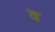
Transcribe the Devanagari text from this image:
व